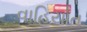
વાહિયાત